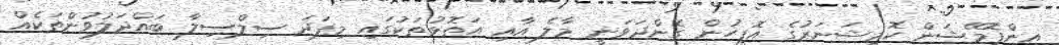
އިންފޮމޭޝަން ކޮމިޝަނަރުގެ އޮފީހުން ގެންދަވަނީ މާލެ އާއި އަތޮޅުތަކުގައި މިފަދަ ސިލްސިލާ ބައްދަލުވުންތަކެއް